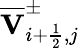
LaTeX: \overline{{\mathbf{V}}}_{i+\frac{1}{2},j}^{\pm}